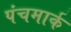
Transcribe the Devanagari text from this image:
पंचमार्क